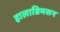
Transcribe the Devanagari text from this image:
हालाग्रिमसन